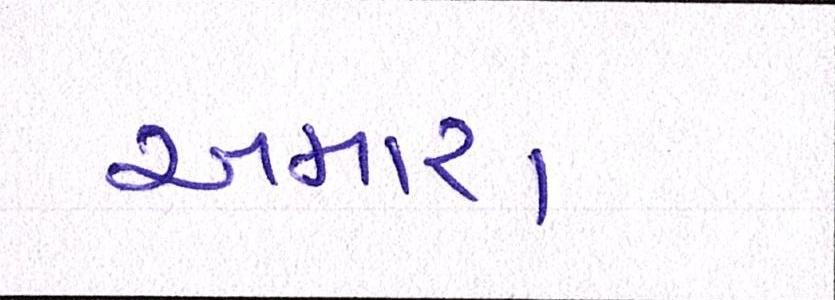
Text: અમારા